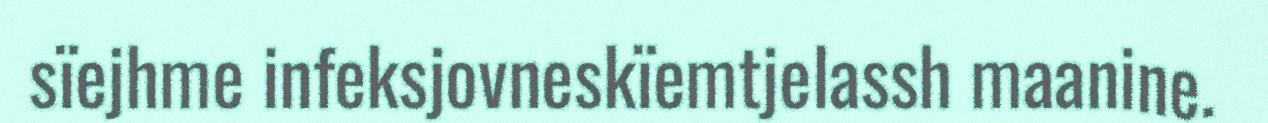
sïejhme infeksjovneskïemtjelassh maanine.